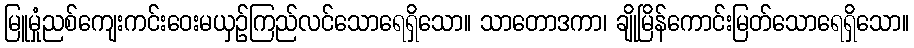
မြူမှုံညစ်ကျေးကင်းဝေးမယှဉ်ကြည်လင်သောရေရှိသော။ သာတောဒကာ၊ ချိုမြိန်ကောင်းမြတ်သောရေရှိသော။